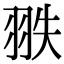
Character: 翐